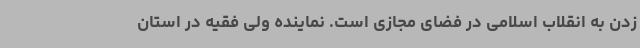
زدن به انقلاب اسلامی در فضای مجازی است. نماینده ولی فقیه در استان